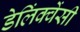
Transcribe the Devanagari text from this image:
डेलिंक्वेंसी